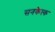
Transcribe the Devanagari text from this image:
सनकेत्क